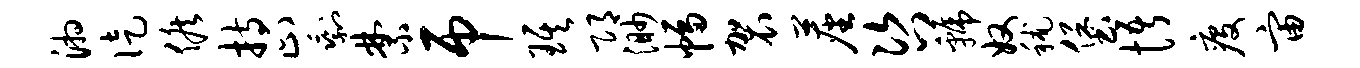
湘徒候持止剩禁吊琪邛渺幅袈尘咨虢奴秫堡悟疫宙